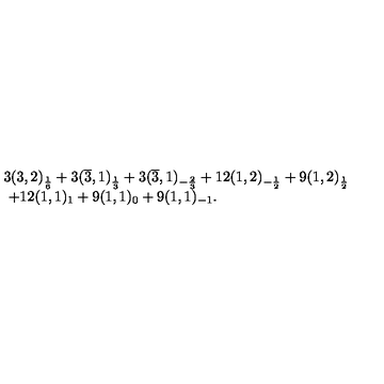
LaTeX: \begin{array} { l } { 3 ( 3 , 2 ) _ { \frac { 1 } { 6 } } + 3 ( \overline { { 3 } } , 1 ) _ { \frac { 1 } { 3 } } + 3 ( \overline { { 3 } } , 1 ) _ { - \frac { 2 } { 3 } } + 1 2 ( 1 , 2 ) _ { - \frac { 1 } { 2 } } + 9 ( 1 , 2 ) _ { \frac { 1 } { 2 } } } \\ { \ + 1 2 ( 1 , 1 ) _ { 1 } + 9 ( 1 , 1 ) _ { 0 } + 9 ( 1 , 1 ) _ { - 1 } . } \\ \end{array}